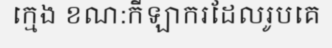
ក្មេង ខណ:កីឡាករដែលរូបគេ